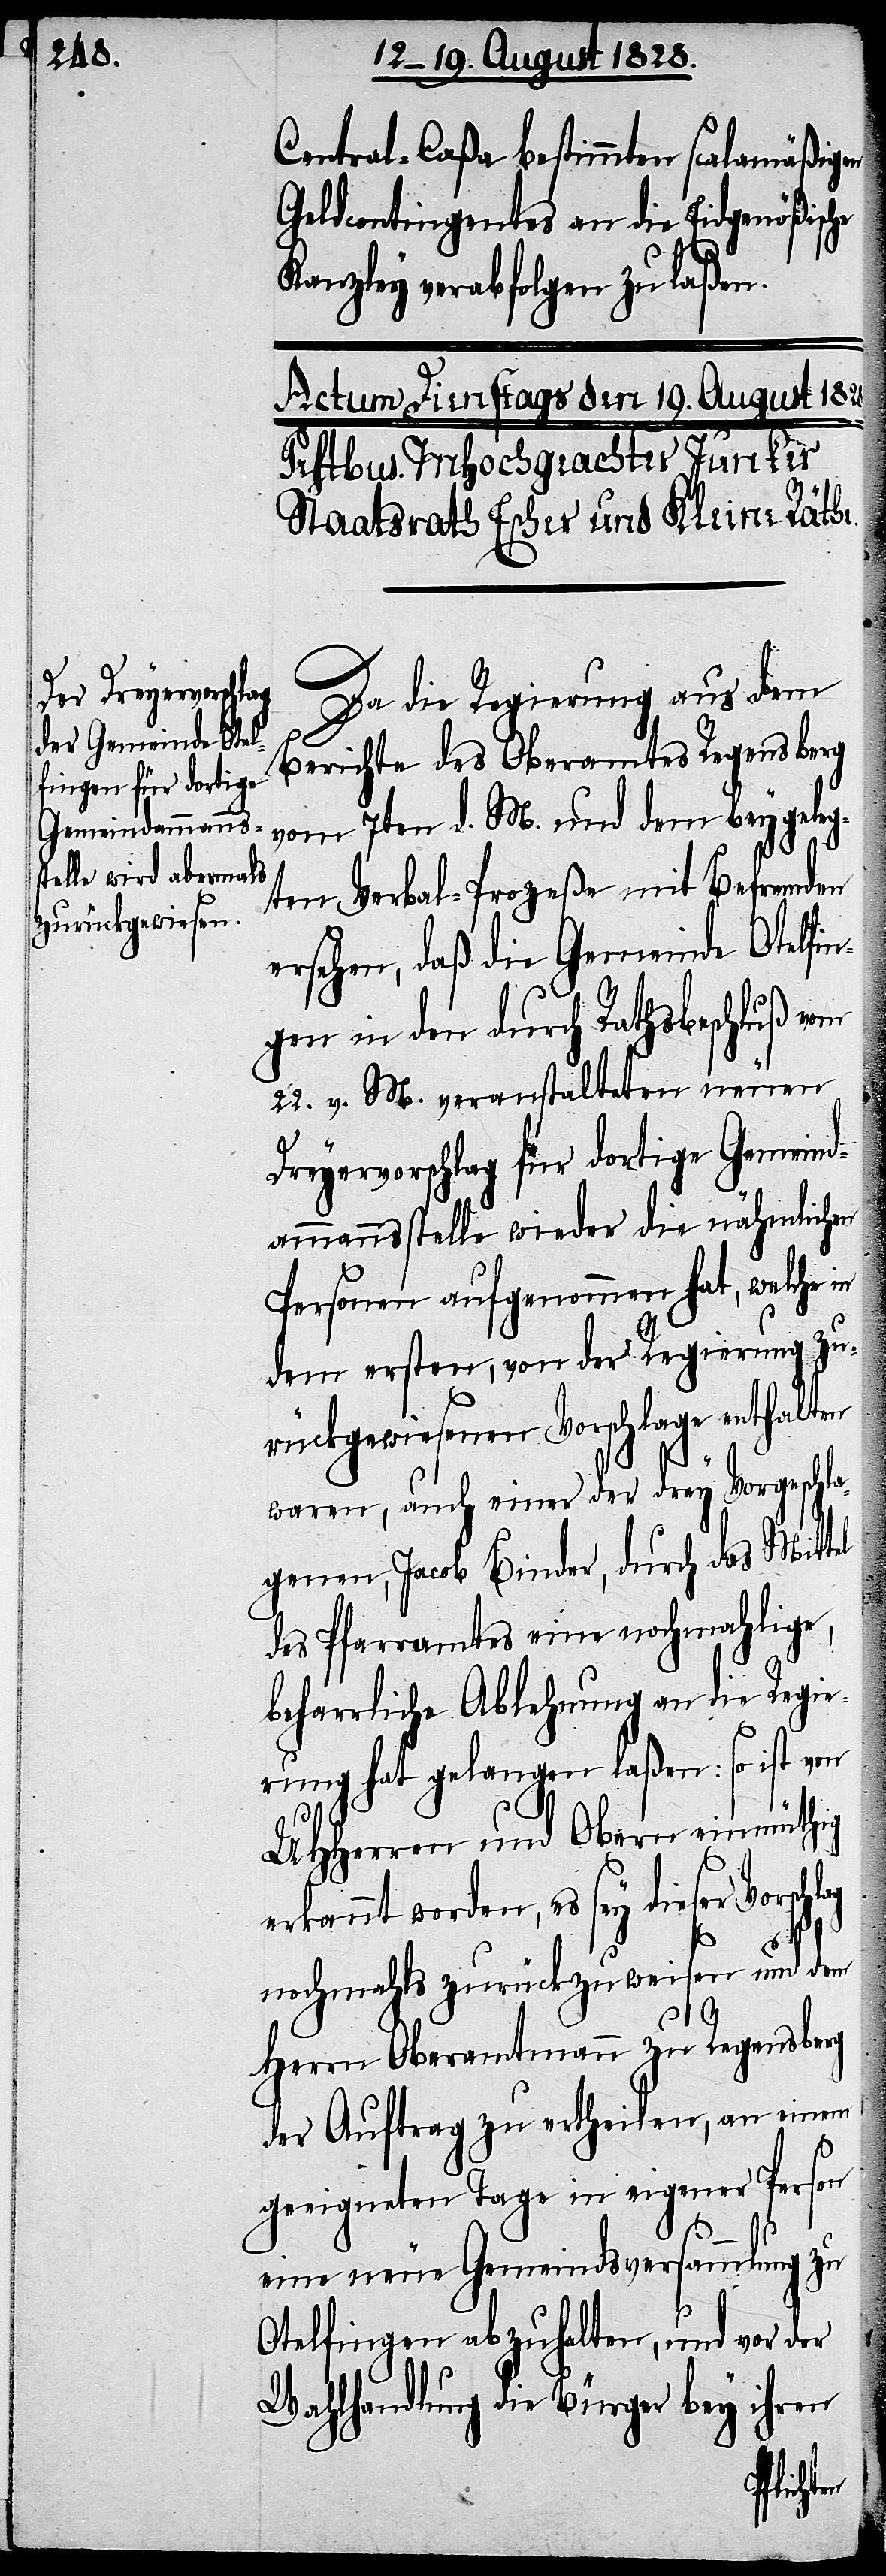
Central-Caßa bestimmten scalamäßigen
Geldcontingentes an die Eidgenößische
Kanzley verabfolgen zu laßen.
Da die Regierung aus dem
Berichte des Oberamtes Regensberg
vom 7ten d. M. und dem beygeleg¬
ten Verbal-Prozeße mit Befremden
ersehen, daß die Gemeinde Otelfin¬
gen in den durch Rathsbeschluß vom
22 v. M. veranstalteten neuen
Dreyervorschlag für dortige Gemeind¬
ammannsstelle wieder die nähmlichen
Personen aufgenommen hat, welche in
dem ersten, von der Regierung zu¬
rückgewiesenen Vorschlage enthalten
waren, auch einer der drey Vorgeschla¬
genen, Jacob Binder, durch das Mittel
des Pfarramtes eine nochmahlige,
beharrliche Ablehnung an die Regie¬
rung hat gelangen laßen: so ist von
UHHerren und Obern einmüthig
erkannt worden, es sey dieser Vorsch¬
lag
nochmahls zurückzuweisen und dem
Herrn Oberamtmann zu Regensberg
der Auftrag zu erheilen, an einem
geeigneten Tage in eigener Person
zu
eine neue Gemeindsversammlung
Otelfingen abzuhalten, und vor der
Wahlhandlung die Bürger bey ihren